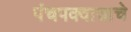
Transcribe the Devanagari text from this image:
पंचपक्वान्नाचे